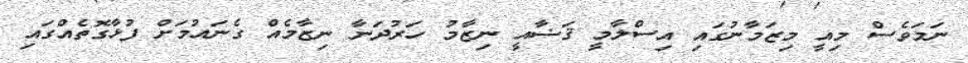
ނަމަވެސް މިއީ މިޒަމާނުގައި އިސްލާމީ ޤަޟާއީ ނިޒާމު ހަރުދަނާ ނިޒާމެއް ގެނައުމަށް ފުޅާގޮތެއްގައި